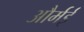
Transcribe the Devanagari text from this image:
और्मई